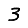
Digit: 3